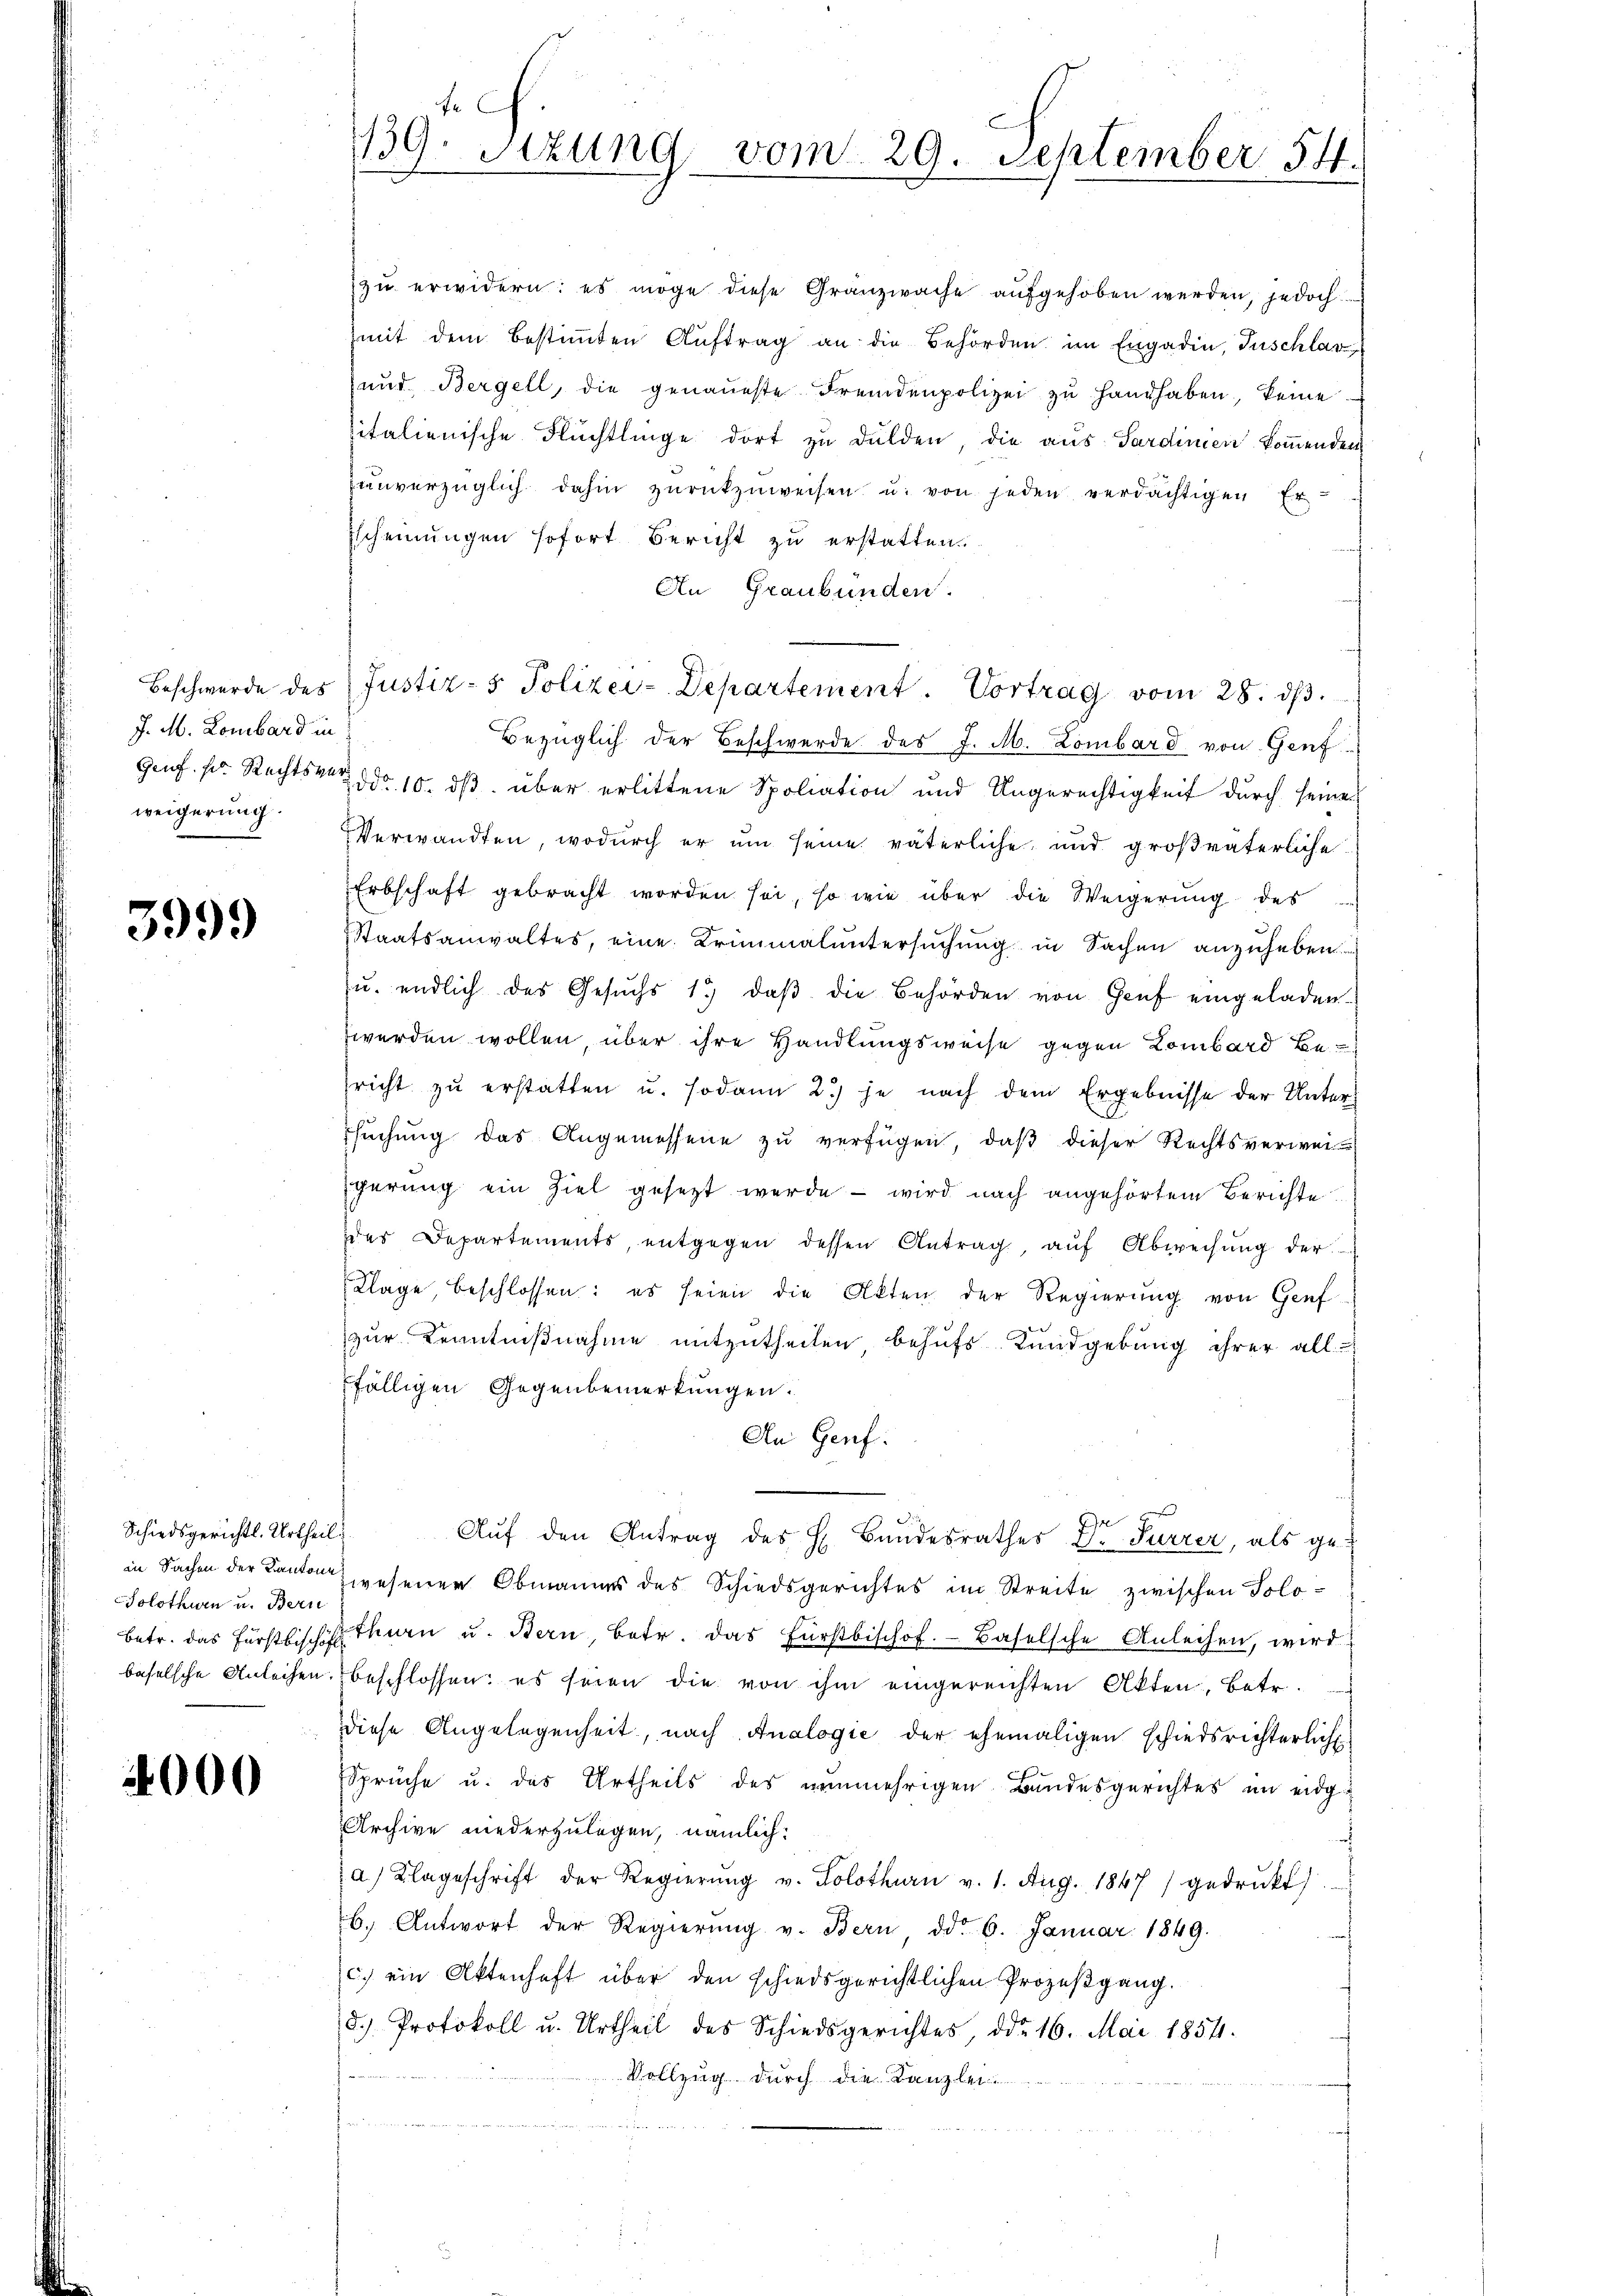
J. M. Lombard in
weigerung

3999

Schiedsgerichtl. Urtheil.
Solothurn u. Bern

4000

und Bergell, die genaueste Fremdenpolizei zu Haushaben, keine
sitalienische Flüchtlinge dort zu dulden, die aus Sardinien kommenden
ŭnverzüglich dahin zŭrückzuweisen u. von jeden verdächtigen Er
Escheinungen sofort Bericht zu erstatten.
An Graubünden.
Bezüglich der Beschwerde des J. M. Lombard von Genf
Genf. pr. Rechts ddo 10. ds. über erlittene Spoliation und Ungerechtigkeit durch seiner
Verwandten, wodurch er um seine väterliche und großväterliche
Erbschaft gebracht worden sei, so wie über die Weigerung des
Staatsanwaltes, eine Kriminaluntersuchung in Sachen anzuheben.
u. endlich des Gesŭchs 1. daβ die Behörden von Genf eingeladen.
werden wollen, über ihre Handlungsweise gegen Lombard Besricht zŭ erstatten u. sodann 2) je nach dem Ergebnisse der Unters
Esŭchŭng das Angemessene zŭ verfügen, daβ dieser Rechtsverweigerung ein Ziel gesezt werde – wird nach angehörtem Berichte
des Departements, entgegen dessen Antrag, auf Abweisung der
Klage, beschlossen: es seien die Akten der Regierung von Genf
zur Kenntnißnahme mitzutheilen, behufs Kundgebung ihrer all-
fälligen Gegenbemerkungen.
An Genf.
Auf den Antrag des H. Bundesrathes Dr Furrer, als gein Sachen der Kanton zwesener Obmanns des Schiedsgerichtes im Streite zwischen Solo-
betr. das Fürstbisch thurn u. Bern, betr. das Fürstbischof. Baselsche Anleihen, wird
baselsche Anleihen, beschlossen: es seien die von ihm eingereichten Akten, betr.
diese Angelegenheit, nach Analogie der ehemaligen schiedsrichterlich
Sprüche u. des Urtheils des nunmehrigen Bundesgerichtes im eidg¬
Archive niederzulegen, nämlich:
a) Klageschrift der Regierŭng v. Solothurn v. 1. Aug. 1847) gedrukt
b. Antwort der Regierŭng v. Bern ddo 6. Januar 1849.
c.) ein Aktenhaft über den schiedsgerichtlichen Prozeßgang.
d. Protokoll u. Urtheil des Schiedsgerichtes, ddo 16. Mai 1854.
f
Vollzug durch die Kanzlei
fammen
2

139. Sitzung vom 29. September 54.

zu erwidern: es möge diese Gränzwache aufgehoben werden, jedoch
zmit dem bestimmten Auftrag an die Behörden im Engadin, Tuschlav

Beschwerde des Justiz- & Polizei-Departement. Vortrag vom 28. dβ.